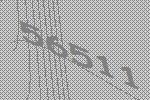
56511